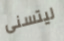
ليتسنى